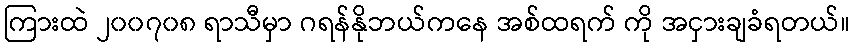
ကြားထဲ ၂၀၀၇၀၈ ရာသီမှာ ဂရန်နိုဘယ်ကနေ အစ်ထရက် ကို အငှားချခံရတယ်။